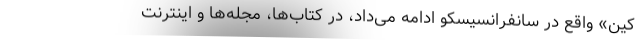
کین» واقع در سانفرانسیسکو ادامه می‌داد، در کتاب‌ها، مجله‌ها و اینترنت